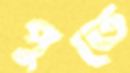
পুতে